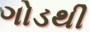
ગોડથી